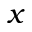
x